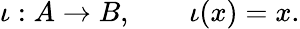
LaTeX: \iota:A\rightarrow B,\qquad\iota(x)=x.